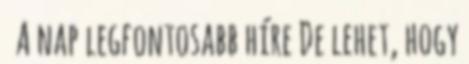
A nap legfontosabb híre De lehet, hogy